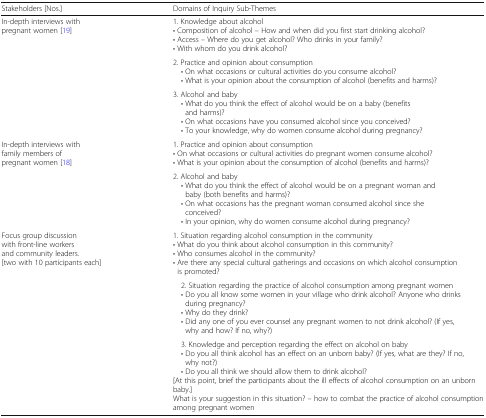
<table><thead><tr><td><b>Stakeholders [Nos.]</b></td><td><b>Domains of Inquiry Sub-Themes</b></td></tr></thead><tbody><tr><td rowspan="3">In-depth interviews with pregnant women [19]</td><td>1. Knowledge about alcohol• Composition of alcohol – How and when did you first start drinking alcohol?• Access – Where do you get alcohol? Who drinks in your family?• With whom do you drink alcohol?</td></tr><tr><td>2. Practice and opinion about consumption • On what occasions or cultural activities do you consume alcohol? • What is your opinion about the consumption of alcohol (benefits and harms)?</td></tr><tr><td>3. Alcohol and baby • What do you think the effect of alcohol would be on a baby (benefits and harms)? • On what occasions have you consumed alcohol since you conceived? • To your knowledge, why do women consume alcohol during pregnancy?</td></tr><tr><td rowspan="2">In-depth interviews with family members of pregnant women [18]</td><td>1. Practice and opinion about consumption• On what occasions or cultural activities do pregnant women consume alcohol?• What is your opinion about the consumption of alcohol (benefits and harms)?</td></tr><tr><td>2. Alcohol and baby • What do you think the effect of alcohol would be on a pregnant woman and baby (both benefits and harms)? • On what occasions has the pregnant woman consumed alcohol since she conceived? • In your opinion, why do women consume alcohol during pregnancy?</td></tr><tr><td rowspan="3">Focus group discussion with front-line workers and community leaders.[two with 10 participants each]</td><td>1. Situation regarding alcohol consumption in the community• What do you think about alcohol consumption in this community?• Who consumes alcohol in the community?• Are there any special cultural gatherings and occasions on which alcohol consumption is promoted?</td></tr><tr><td> 2. Situation regarding the practice of alcohol consumption among pregnant women • Do you all know some women in your village who drink alcohol? Anyone who drinks during pregnancy? • Why do they drink? • Did any one of you ever counsel any pregnant women to not drink alcohol? (If yes, why and how? If no, why?)</td></tr><tr><td> 3. Knowledge and perception regarding the effect on alcohol on baby • Do you all think alcohol has an effect on an unborn baby? (If yes, what are they? If no, why not?) • Do you all think we should allow them to drink alcohol?[At this point, brief the participants about the ill effects of alcohol consumption on an unborn baby.]What is your suggestion in this situation? – how to combat the practice of alcohol consumption among pregnant women</td></tr></tbody></table>